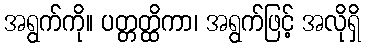
အရွက်ကို။ ပတ္တတ္ထိကာ၊ အရွက်ဖြင့် အလိုရှိ